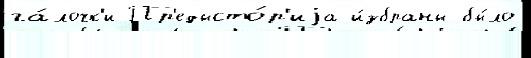
га́лочк'и Пр'едысто́р'иjа и́збраны бы́ло